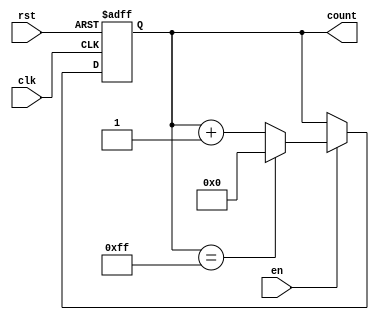
module memory_blocks_up_counter #(
    parameter WIDTH = 8,         // Bit-width of the counter
    parameter INIT_VAL = 8'h00,  // Initial value of the counter
    parameter MAX_VAL = 8'hFF     // Maximum value of the counter
)(
    input wire clk,              // Clock signal
    input wire rst,              // Reset signal
    input wire en,               // Enable signal
    output reg [WIDTH-1:0] count // Current count value
);

// Always block triggered on the rising edge of the clock
always @(posedge clk or posedge rst) begin
    if (rst) begin
        // Reset the counter to the initial value
        count <= INIT_VAL;
    end else if (en) begin
        // Increment the counter if enabled
        if (count == MAX_VAL) begin
            // Wrap around if max value is reached
            count <= INIT_VAL;
        end else begin
            // Increment the counter
            count <= count + 1;
        end
    end
end

endmodule